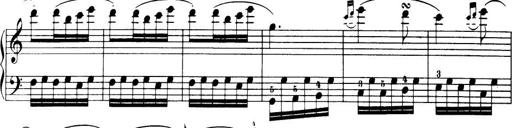
Title: 32 Sonatinas and Rondos for the Piano
Composer: Richard Kleinmichel